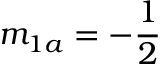
m _ { 1 a } = - \frac { 1 } { 2 }